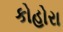
કોહોરા